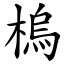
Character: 㮧